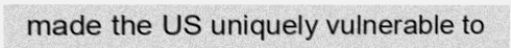
made the US uniquely vulnerable to